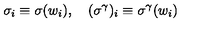
\sigma _ { i } \equiv \sigma ( w _ { i } ) , \quad ( \sigma ^ { \gamma } ) _ { i } \equiv \sigma ^ { \gamma } ( w _ { i } )